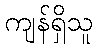
ကျန်ရှိသူ